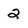
Character: 2